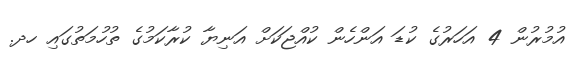
އުމުރުން 4 އަހަރުގެ ކުޑަ އަންހެން ކުއްޖަކަށް އަނިޔާ ކުރާކަމުގެ ތުހުމަތުގައި ހދ.